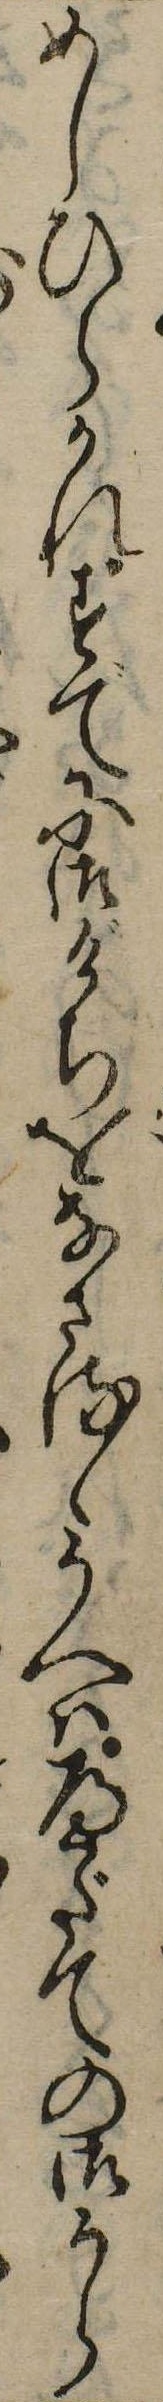
めしひらかれすでに御げちをなさるゝうへはへだての御うら